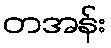
တအန်း